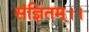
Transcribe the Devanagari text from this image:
संज्ञितम्।।